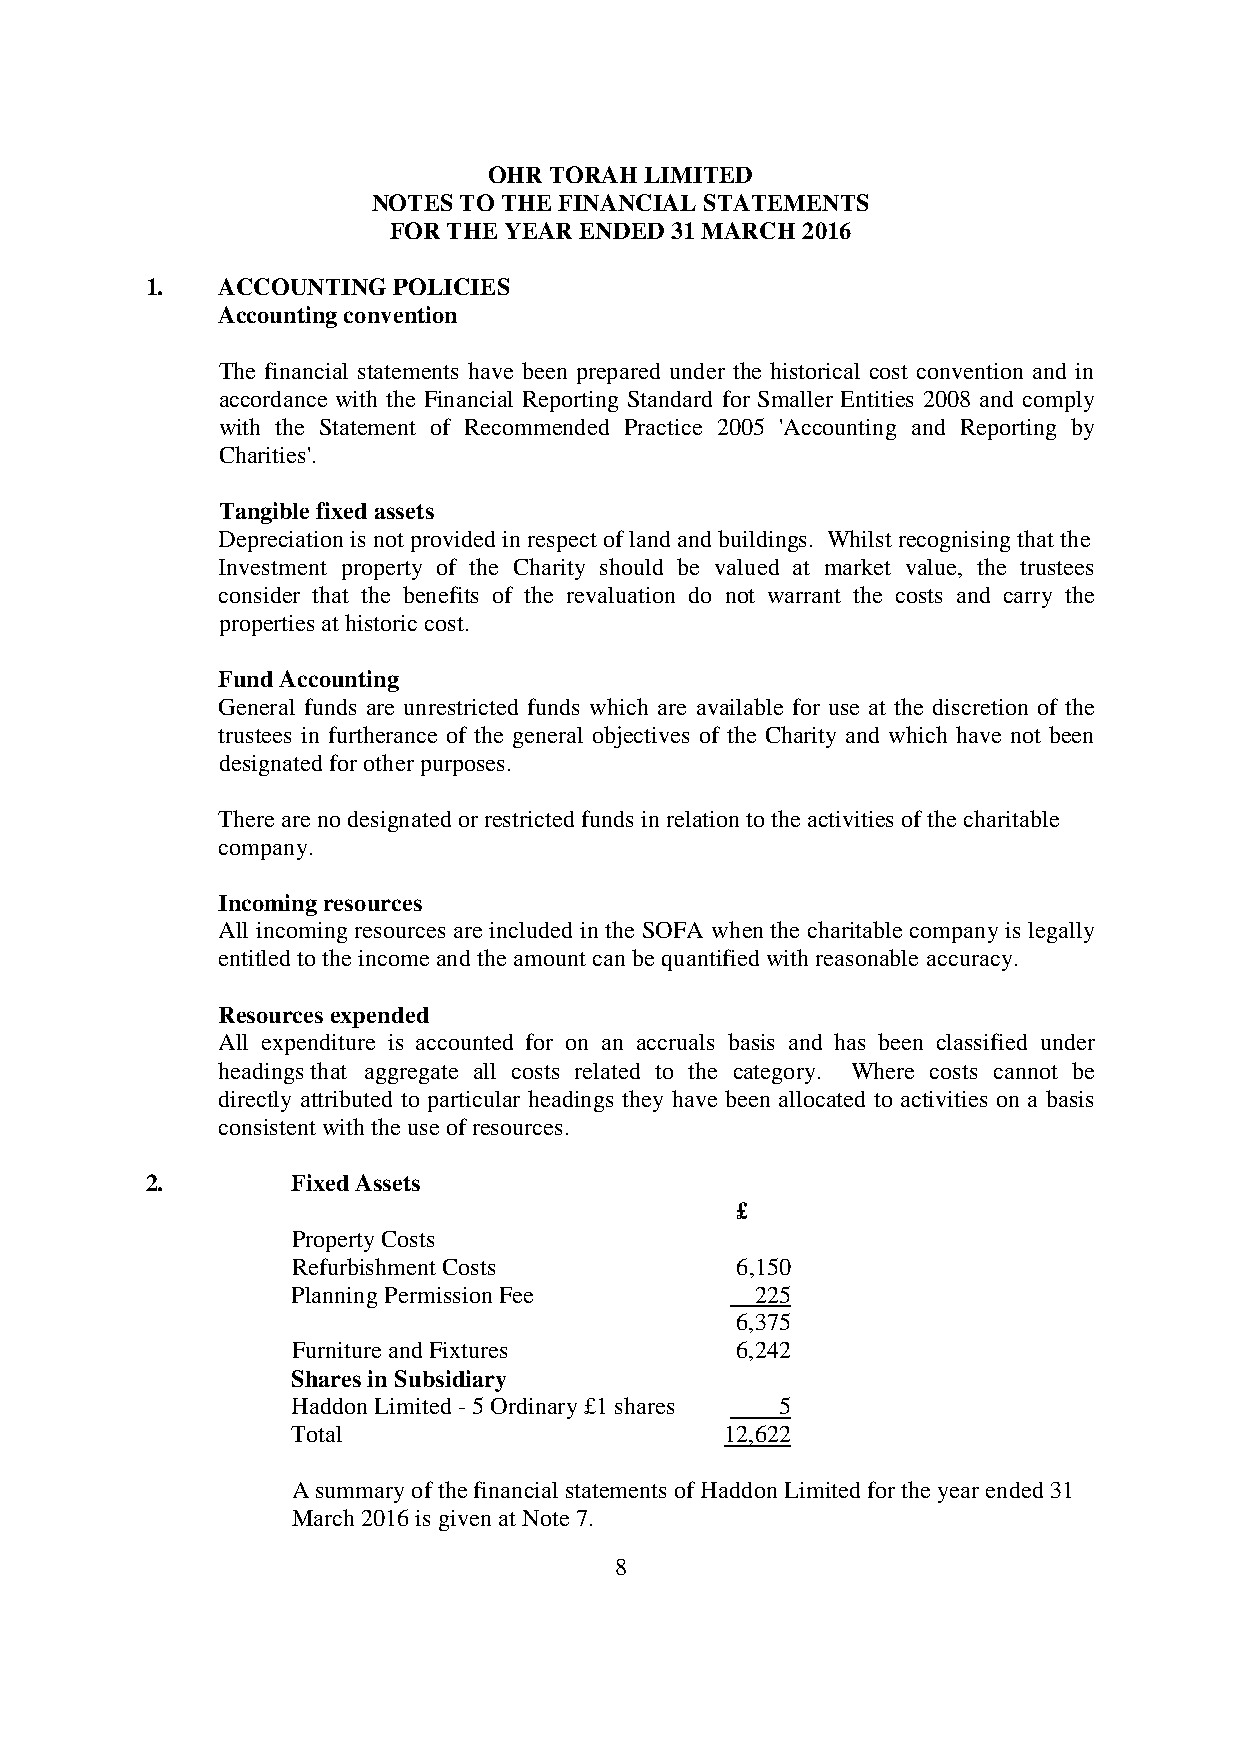
OHR TORAH  LIMITED
 NOTES TO THE FINANCIAL STATEMENTS
 FOR THE YEAR ENDED 31 MARCH 2016
 1.  ACCOUNTING  POLICIES
 Accounting convention
 The financial statements have been prepared under the historical cost convention and in
 accordance with the Financial Reporting Standard for Smaller Entities 2008 and comply
 with the Statement of Recommended Practice 2005 'Accounting and Reporting by
 Charities'.
 Tangible fixed assets
 Depreciation is not provided in respect of land and buildings. Whilst recognising that the
 Investment property of the Charity should be valued at market value, the trustees
 consider that the benefits of the revaluation do not warrant the costs and carry the
 properties at historic cost.
 Fund Accounting
 General funds are unrestricted funds which are available for use at the discretion of the
 trustees in furtherance of the general objectives of the Charity and which have not been
 designated for other purposes.
 There are no designated or restricted funds in relation to the activities of the charitable
 company.
 Incoming resources
 All incoming resources are included in the SOFA when the charitable company is legally
 entitled to the income and the amount can be quantified with reasonable accuracy.
 Resources expended
 All expenditure is accounted for on an accruals basis and has been classified under
 headings that aggregate all costs related to the category. Where costs cannot be
 directly attributed to particular headings they have been allocated to activities on a basis
 consistent with the use of resources.
 2.       Fixed Assets
 £
 Property Costs
 Refurbishment Costs           6,150
 Planning Permission Fee        225
 6,375
 Furniture and Fixtures        6,242
 Shares in Subsidiary
 Haddon Limited - 5 Ordinary £1 shares 5
 Total                        12,622
 A summary of the financial statements of Haddon Limited for the year ended 31
 March 2016 is given at Note 7.
 8